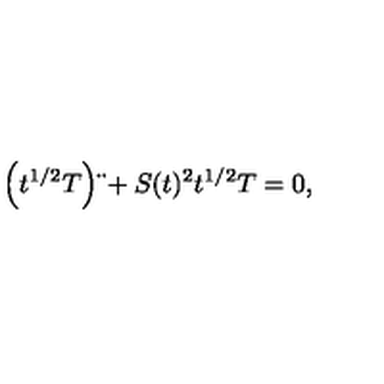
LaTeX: \left( t ^ { 1 / 2 } T \right) \ddot { } + S ( t ) ^ { 2 } t ^ { 1 / 2 } T = 0 ,